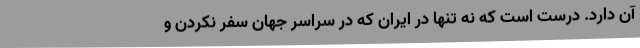
آن دارد. درست است که نه تنها در ایران که در سراسر جهان سفر نکردن و